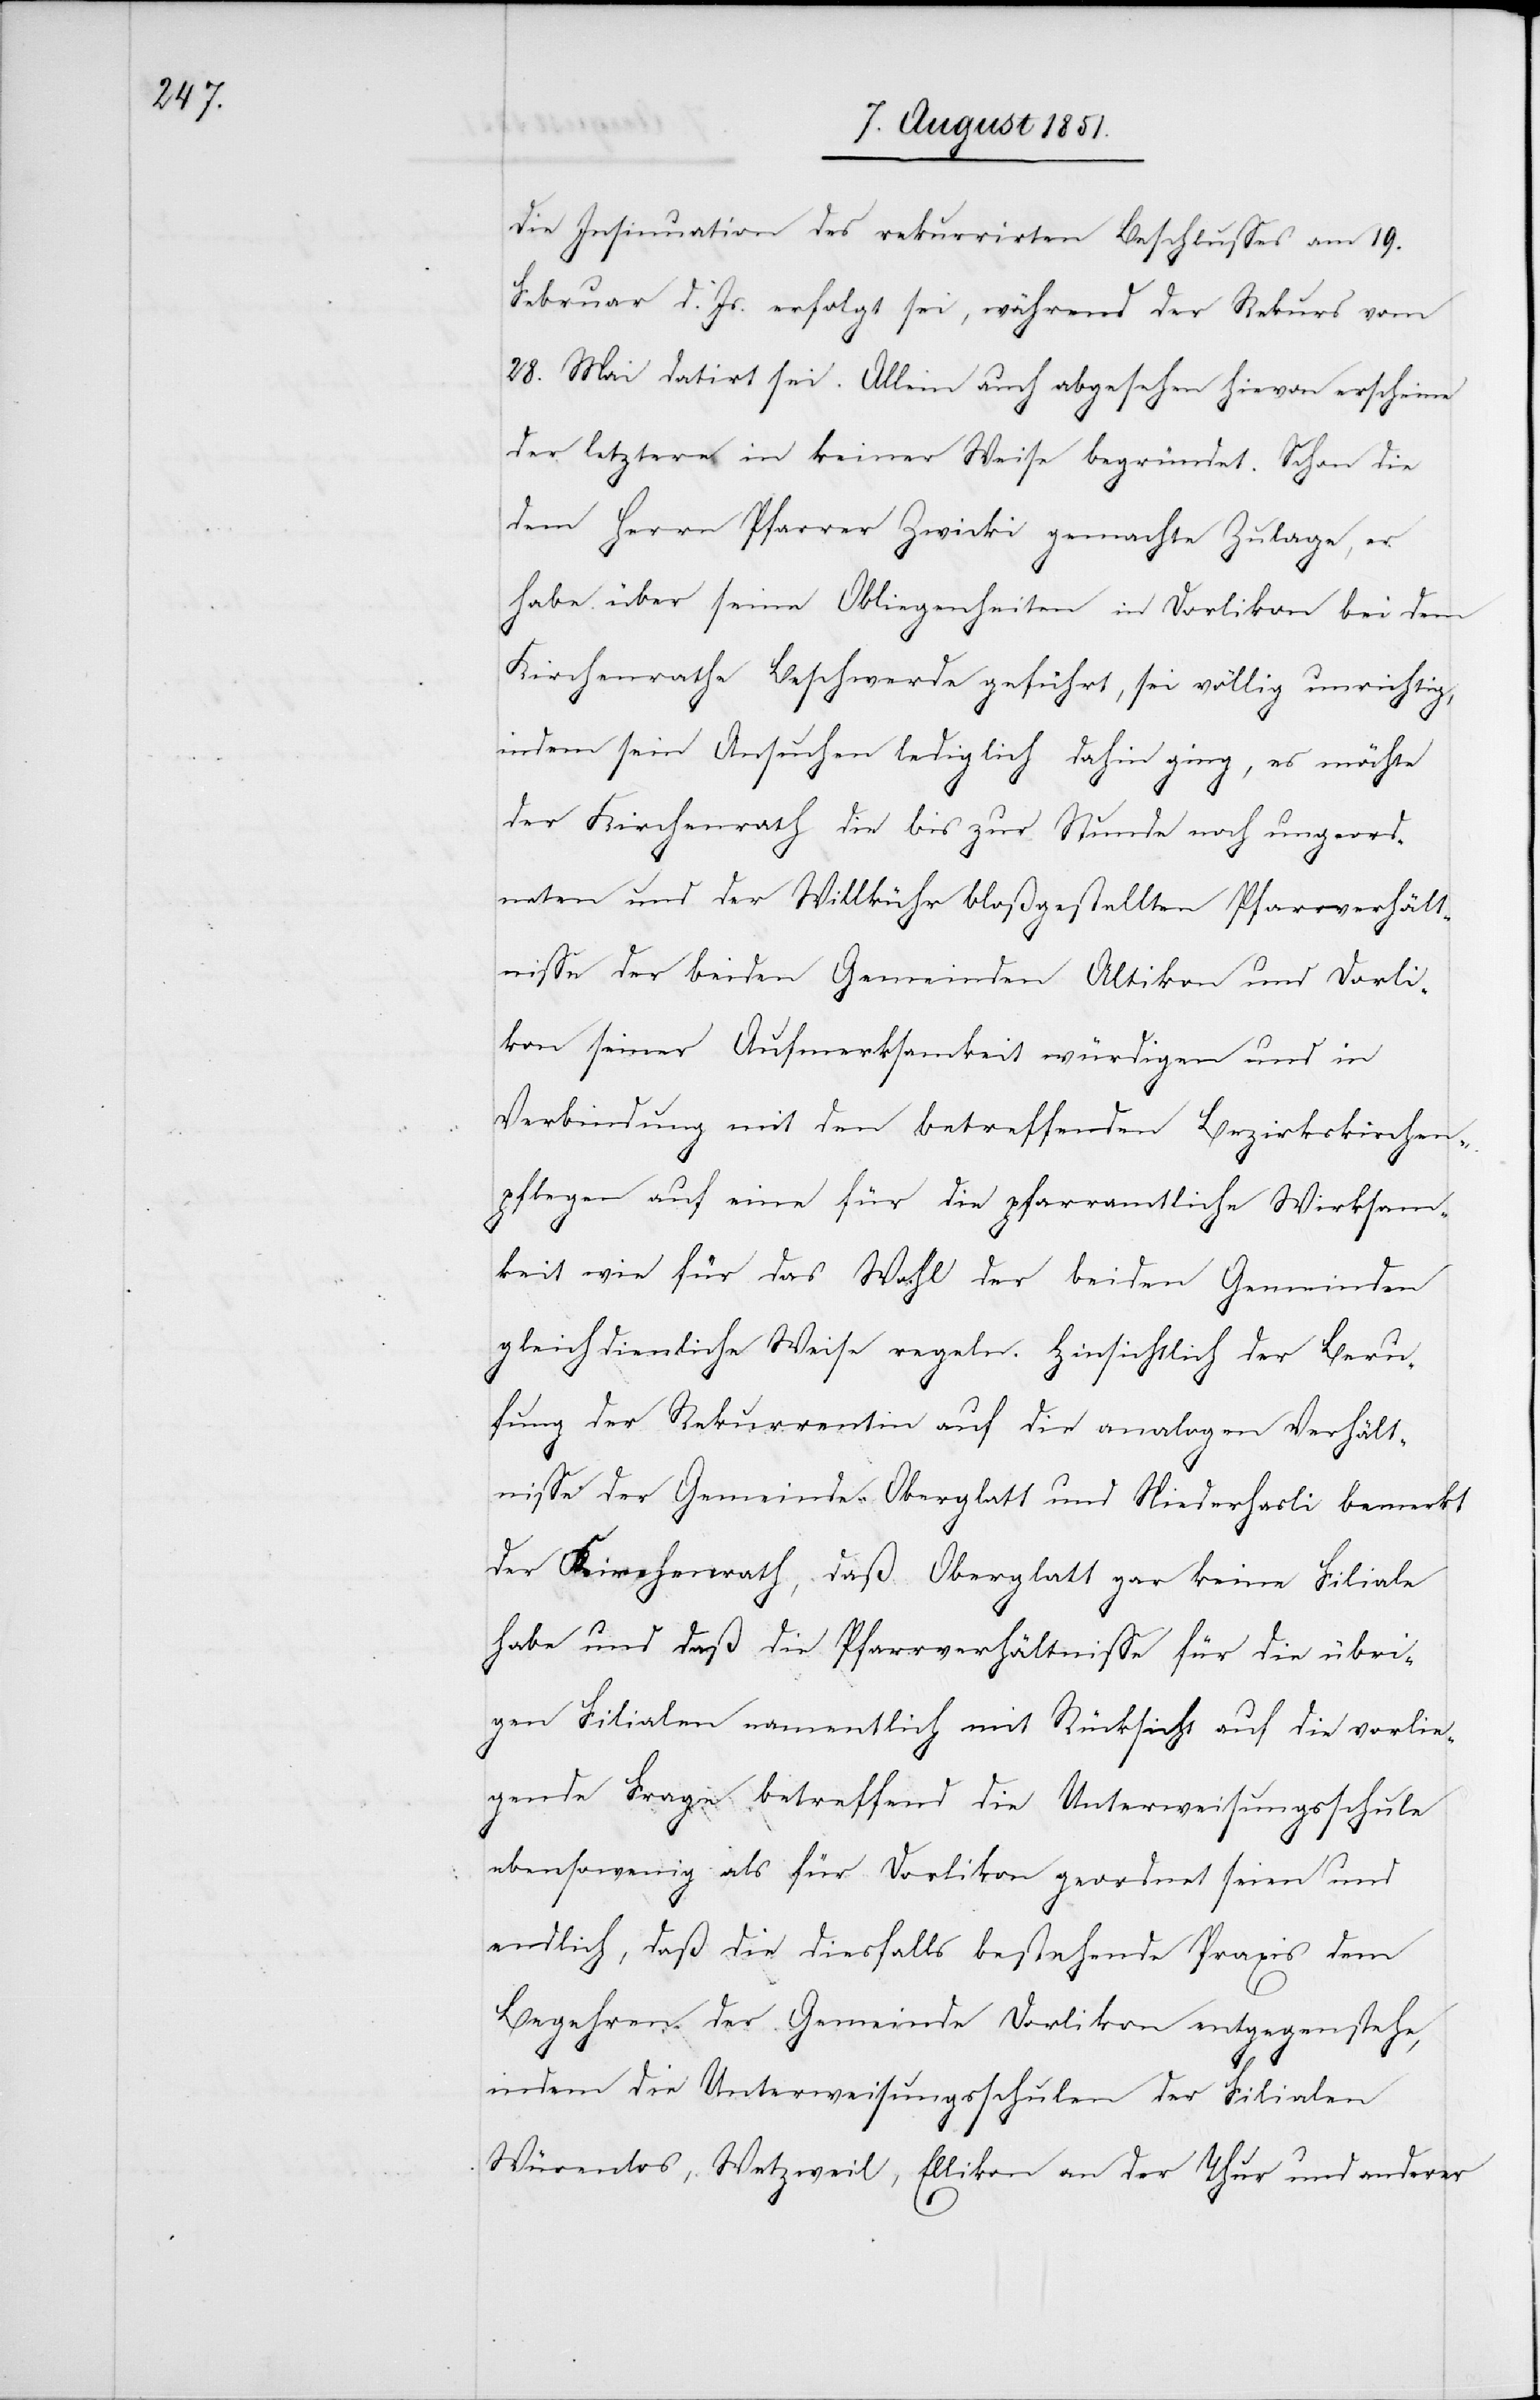
die Insinuation des rekurrirten Beschlusses am 19.
Februar d. Js. erfolgt sei, während der Rekurs vom
28. Mai datirt sei. Allein auch abgesehen hievon erscheine
der letztere in keiner Weise begründet. Schon die
dem Herrn Pfarrer Zwicki gemachte Zulage, er
habe über seine Obliegenheiten in Dorlikon bei dem
Kirchenrathe Beschwerde geführt, sei völlig unrichtig,
indem sein Ansuchen lediglich dahin ging, es möchte
der Kirchenrath die bis zur Stunde noch ungeord¬
neten und der Willkühr bloßgestellten Pfarrverhält¬
nisse der beiden Gemeinden Altikon und Dorli¬
kon seiner Aufmerksamkeit würdigen und in
Verbindung mit den betreffenden Bezirkskirchen¬
pflegen auf eine für die pfarramtliche Wirksam¬
keit wie für das Wohl der beiden Gemeinden
gleich dienliche Weise regeln. Hinsichtlich der Beru¬
fung der Rekurrentin auf die analogen Verhält¬
nisse der Gemeinden Oberglatt und Niederhasli bemerkt
der Kirchenrath, daß Oberglatt gar keine Filiale
habe und daß die Pfarrverhältnisse für die übri¬
gen Filialen namentlich mit Rücksicht auf die vorlie¬
gende Frage betreffend die Unterweisungsschule
ebensowenig als für Dorlikon geordnet seien und
endlich, daß die diesfalls bestehende Praxis dem
Begehren der Gemeinde Dorlikon entgegenstehe,
indem die Unterweisungsschulen der Filialen
Würenlos, Wetzweil, Ellikon an der Thur und anderer